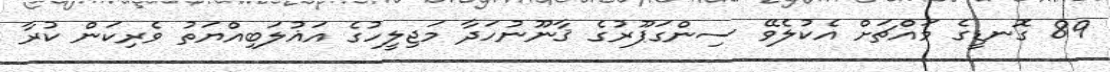
89 ގޮނޑީގެ މައްޗަށް އެކުލެވޭ ސިންގަޕޫރުގެ ޤާނޫނުހަދާ މަޖިލީހުގެ އަޣުލަބިއްޔަތު ވެރިކަން ކުރާ